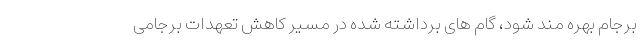
برجام بهره مند شود، گام های برداشته شده در مسیر کاهش تعهدات برجامی